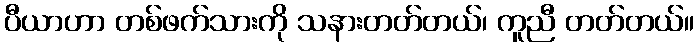
ပီယာဟာ တစ်ဖက်သားကို သနားတတ်တယ်၊ ကူညီ တတ်တယ်။